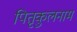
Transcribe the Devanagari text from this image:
पितृकुलनाम